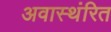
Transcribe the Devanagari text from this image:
अवास्थंरित